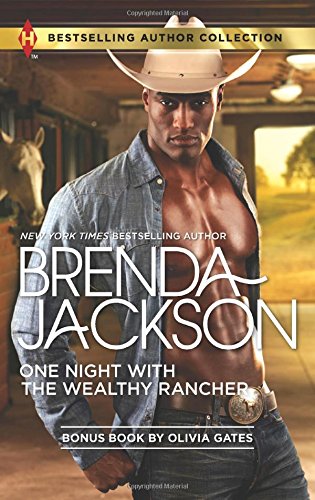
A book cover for One Night with the Wealthy Rancher: Billionaire, M.D. (Bestselling Author Collection); Brenda Jackson; Romance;